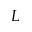
L